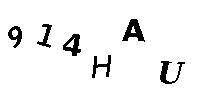
914HAU